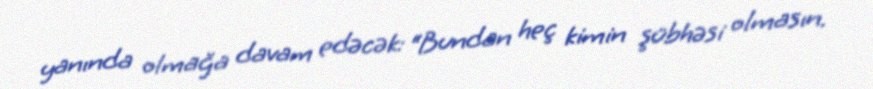
yanında olmağa davam edəcək: “Bundan heç kimin şübhəsi olmasın.